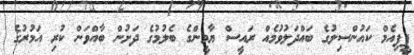
ޕީޕިއެމް ކައުންސިލުގެ ބައްދަލުވުމެއް ރައީސް ޔާމީންގެ ބެލުމުގެ ދަށުން ބާއްވަން ކުރި އަމުރުގެ